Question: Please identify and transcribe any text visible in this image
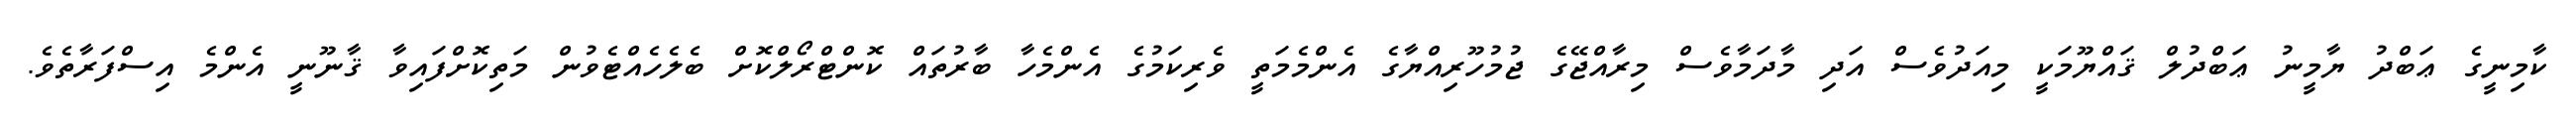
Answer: ކާމިނީގެ ޢަބްދު ޔާމީނު ޢަބްދުލް ޤައްޔޫމަކީ މިއަދުވެސް އަދި މާދަމާވެސް މިރާއްޖޭގެ ޖުމުހޫރިއްޔާގެ އެންމެމަތީ ވެރިކަމުގެ އެންމެހާ ބާރުތައް ކޮންޓްރޯލްކޮށް ބެލެހެއްޓެވުން މަތިކޮށްފައިވާ ޤާނޫނީ އެންމެ އިސްފަރާތެވެ.